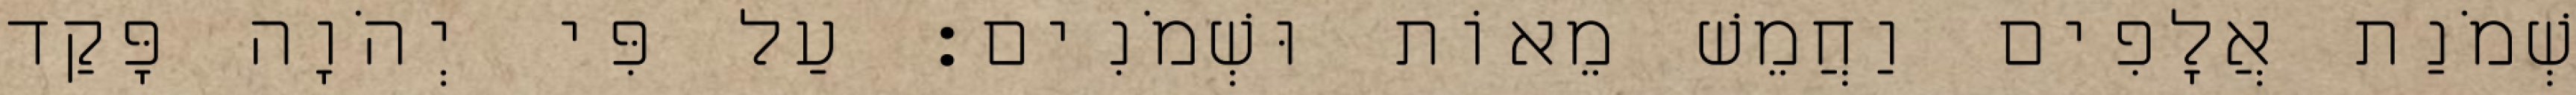
שְׁמֹנַת אֲלָפִים וַחֲמֵשׁ מֵאוֹת וּשְׁמֹנִים׃ עַל פִּי יְהֹוָה פָּקַד